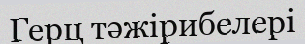
Герц тәжірибелері